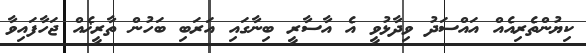
ކިޔުންތެރިއެއް އައްސަދު ވިދާޅުވީ އެ އާސާރީ ބިނާގައި އަރަބި ބަހުން ތާރީޚެއް ޖަހާފައިވާ